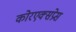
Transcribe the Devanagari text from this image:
कोरएक्सप्रेस